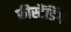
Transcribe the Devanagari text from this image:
फ्रीस्टैंडिंग